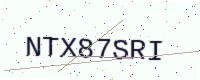
Text: NTX87SRI